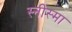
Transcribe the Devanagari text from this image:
स्नीस्मा